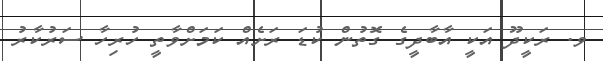
ވ. ރަކީދޫ އަކީ އާބާދީގެ ގޮތުން ކުޑަ ރަށެއް ކަމަށްވާތީ ހުރިހާ ސަރުކާރު